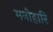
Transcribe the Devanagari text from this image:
मनोहारि